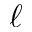
\ell